Petrogradi_Kontroll-Opteerimise_Komisjon, lk 202
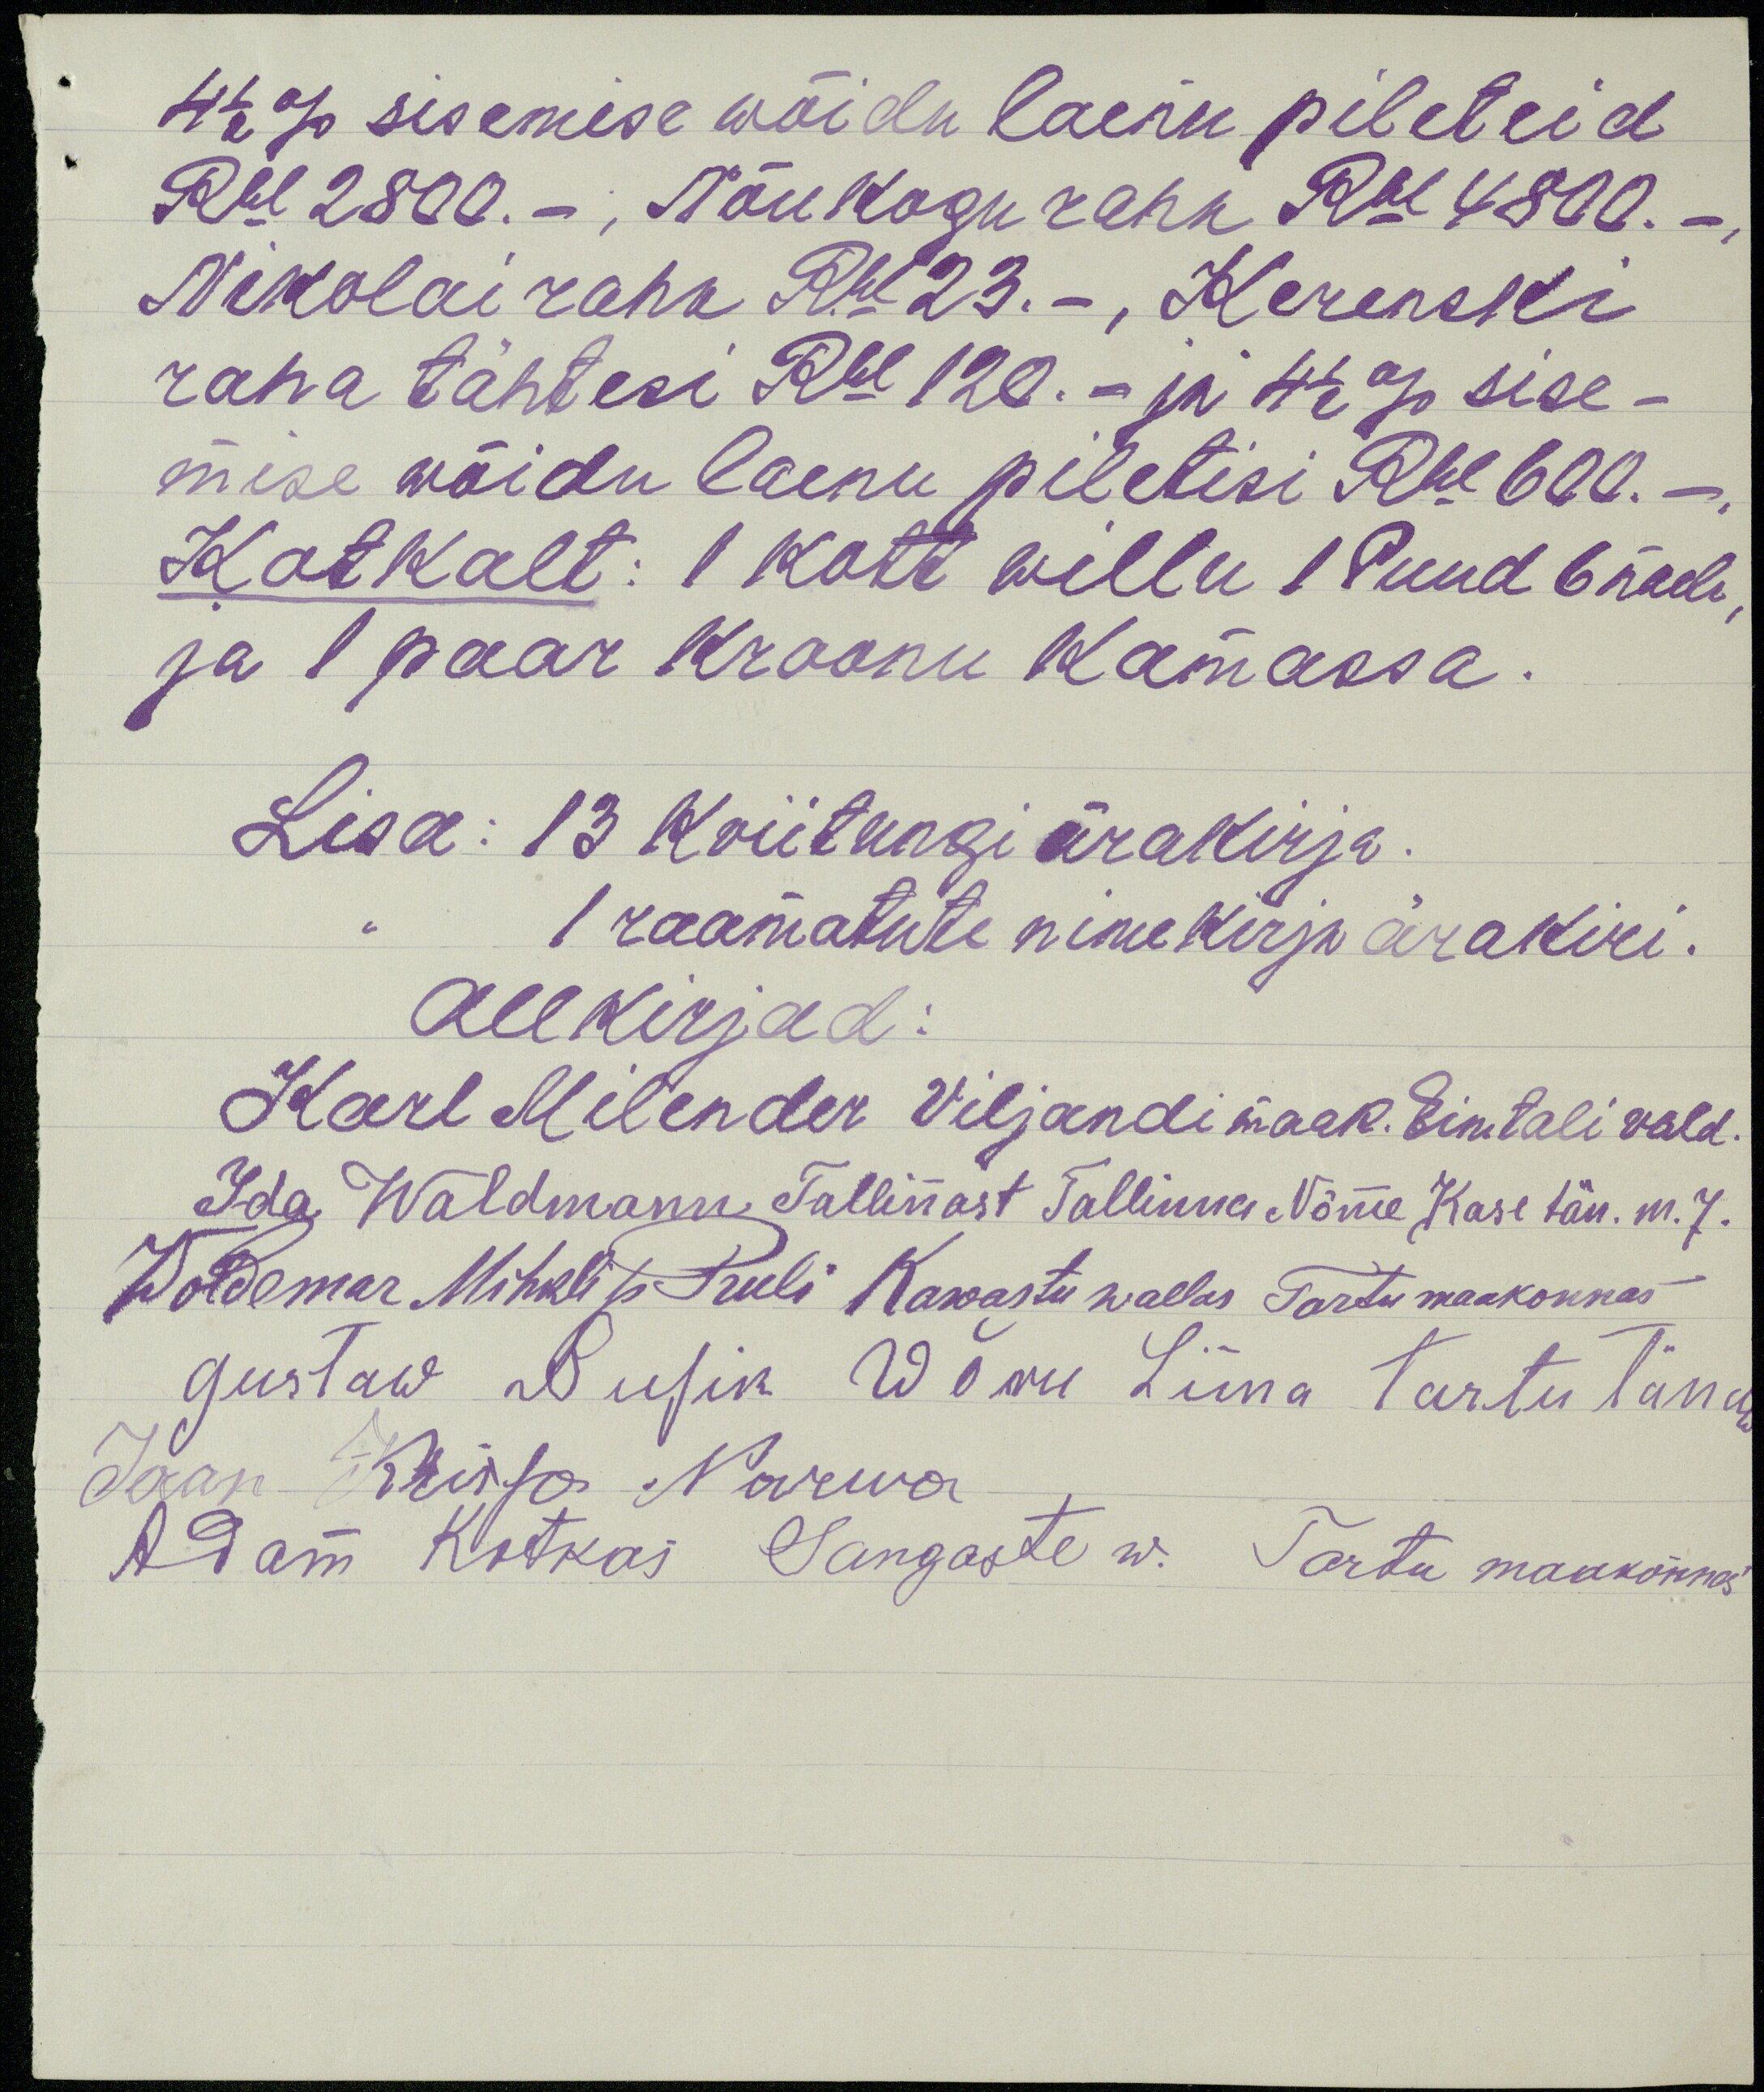
4 1/2% sisemise wõidu laenu pileteid
Rbl 2800.-, Nõukogu raha Rbl 4800.-,
Nikolai raha Rbl 23.-, Kerenski
raha tähtesi Rbl 120. - ja 4 1/2% sise-
mise wõidu laenu piletisi Rbl 600.-
Kotkalt: 1 kott willu 1 Puud 6 naeli
ja 1 paar kroonu kamassa.
Lisa: 13 kviitungi ärakirja.
,, 1 raamatute nimekirja ärakiri.
Allkirjad:
Karl Milender Viljandi maak. Eimtali vald.
Ida Waldmann Tallinnast Tallinna Nõmme Kase tän. m. 7.
Woldemar Mihkli p. Pruli Kawastu wallas Tartu maakonnas
Gustaw Susik Wõru Linna Tartu tänaw
Jaan Kiisa Narwa
Adam Kotkas Sangaste w. Tartu maakonnas